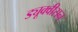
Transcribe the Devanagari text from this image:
ड्यूक्वीसन